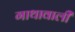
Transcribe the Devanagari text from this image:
गाथावाली